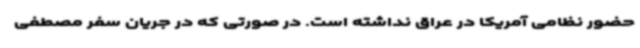
حضور نظامی آمریکا در عراق نداشته است. در صورتی که در جریان سفر مصطفی